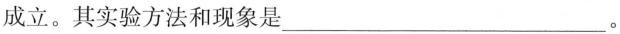
成立。其实验方法和现象是___。